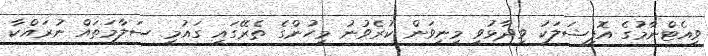
ވިއެޓްނާމުގެ އޮފިޝަލަކު ވިދާޅުވީ މިނިވަން ކުރެވުނު މީހުންގެ ތެރޭގައި ގައުމީ ސަލާމަތައް ނުރައްކާ